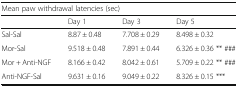
<table><thead><tr><td colspan="4"><b>Mean paw withdrawal latencies (sec)</b></td></tr><tr><td></td><td><b>Day 1</b></td><td><b>Day 3</b></td><td><b>Day 5</b></td></tr></thead><tbody><tr><td>Sal-Sal</td><td>8.87 ± 0.48</td><td>7.708 ± 0.29</td><td>8.498 ± 0.32</td></tr><tr><td>Mor-Sal</td><td>9.518 ± 0.48</td><td>7.891 ± 0.44</td><td>6.326 ± 0.36 ** ###</td></tr><tr><td>Mor + Anti-NGF</td><td>8.166 ± 0.42</td><td>8.042 ± 0.61</td><td>5.709 ± 0.22 ** ###</td></tr><tr><td>Anti-NGF-Sal</td><td>9.631 ± 0.16</td><td>9.049 ± 0.22</td><td>8.326 ± 0.15 ***</td></tr></tbody></table>